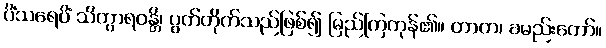
ပိံသရေပိံ သိတွာရဝန္တိ၊ ပွတ်တိုက်သည်ဖြစ်၍ မြည်ကြကုန်၏။ တာတ၊ ခမည်းတော်။